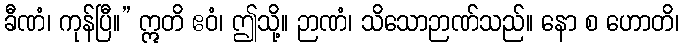
ခီဏံ၊ ကုန်ပြီ။” ဣတိ ဧဝံ၊ ဤသို့။ ဉာဏံ၊ သိသောဉာဏ်သည်။ နော စ ဟောတိ၊